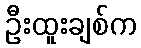
ဦးထူးချစ်က